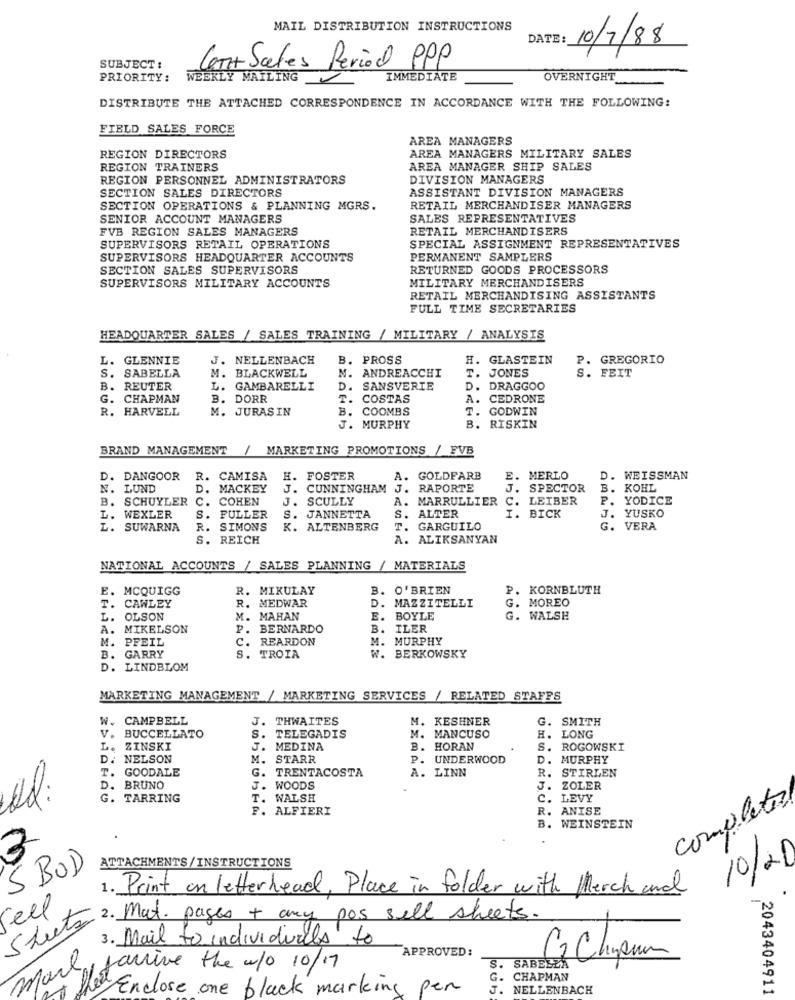
MAIL DISTRIBUTION INSTRUCTIONS
DATE:
10/7/88
SUBJECT :
Car Sales Period PPP
PRIORITY:
WEEKLY MAILING
IMMEDIATE
OVERNIGHT
DISTRIBUTE THE ATTACHED CORRESPONDENCE IN ACCORDANCE WITH THE FOLLOWING:
FIELD SALES FORCE
AREA MANAGERS
REGION DIRECTORS
AREA MANAGERS MILITARY SALES
REGION TRAINERS
AREA MANAGER SHIP SALES
REGION PERSONNEL ADMINISTRATORS
DIVISION MANAGERS
SECTION SALES DIRECTORS
ASSISTANT DIVISION MANAGERS
SECTION OPERATIONS & PLANNING MGRS.
RETAIL MERCHANDISER MANAGERS
SENIOR ACCOUNT MANAGERS
SALES REPRESENTATIVES
FVB REGION SALES MANAGERS
RETAIL MERCHANDISERS
SUPERVISORS RETAIL OPERATIONS
SPECIAL ASSIGNMENT REPRESENTATIVES
SUPERVISORS HEADQUARTER ACCOUNTS
PERMANENT SAMPLERS
SECTION SALES SUPERVISORS
RETURNED GOODS PROCESSORS
SUPERVISORS MILITARY ACCOUNTS
MILITARY MERCHAND ISERS
RETAIL MERCHANDISING ASSISTANTS
FULL TIME SECRETARIES
HEADQUARTER SALES / SALES TRAINING / MILITARY / ANALYSIS
L.
GLENNIE
J. NELLENBACH
B. PROSS
H. GLASTEIN
P. GREGORIO
S. SABELLA
M. BLACKWELL
M. ANDREACCHI
T. JONES
S. FEIT
B. REUTER
L. GAMBARELLI
D. SANSVERIE
D. DRAGGOO
G. CHAPMAN
B. DORR
T.
COSTAS
A. CEDRONE
R. HARVELL
M. JURASIN
B. COOMBS
B.
T. GODWIN
J. MURPHY
. RISKIN
BRAND MANAGEMENT
1
MARKETING PROMOTIONS / FVB
D.
DANGOOR
R. CAMISA
H. FOSTER
A.
GOLDFARB
E.
MERLO
D. WEISSMAN
N.
LUND
D. MACKEY
J. CUNNINGHAM J. RAPORTE
J.
SPECTOR
B. KOHL
B. SCHUYLER C. COHEN
J. SCULLY
A. MARRULLIER C. LEIBER
P. YODICE
I.
L.
WEXLER
S. FULLER
S. JANNETTA
S. ALTER
BICK
J. YUSKO
L. SUWARNA
R. SIMONS
K. ALTENBERG
T.
GARGUILO
G. VERA
S. REICH
A. ALIKSANYAN
NATIONAL ACCOUNTS / SALES PLANNING / MATERIALS
E.
MCQUIGG
R. MIKULAY
B.
O'BRIEN
P.
KORNBLUTH
T.
CAWLEY
R. MEDWAR
D.
MAZZITELLI
G. MOREO
L.
OLSON
M. MAHAN
BOYLE
G.
WALSH
A. MIKELSON
P. BERNARDO
B. ILER
M. PFEIL
C. REARDON
M. MURPHY
B. GARRY
S. TROIA
W. BERKOWSKY
D. LINDBLOM
MARKETING MANAGEMENT / MARKETING SERVICES / RELATED STAFFS
.CAMPBELL
J. THWAITES
M. KESHNER
G.
SMITH
V. BUCCELLATO
S. TELEGADIS
M. MANCUSO
H.
LONG
ZINSKI
J. MEDINA
B. HORAN
S.
ROGOWSKI
D. NELSON
M. STARR
P. UNDERWOOD
D.
MURPHY
T. GOODALE
G. TRENTACOSTA
A. LINN
R.
STIRLEN
D. BRUNO
J. WOODS
J.
ZOLER
G. TARRING
T. WALSH
c.
C. LEVY
completes
F. ALFIERI
R.
ANISE
WEINSTEIN
3
S BOD
ATTACHMENTS/ INSTRUCTIONS
10/20
1. Print on letterhead, Place in folder with Merch and
eel
Sheets
2. Mat. pages + any pos sell sheets.
3. Mail to individuals to
APPROVED:
S.
SABELZA
C3 Chpum
janine the w/o 10/17
m
G.
CHAPMAN
Enclose one black marking pen
J.
NELLENBACH
2043404911